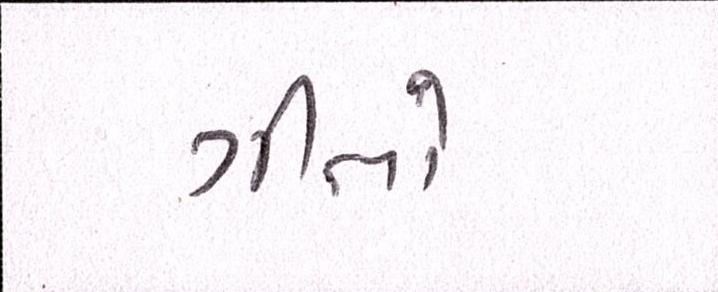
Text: ગીતો